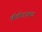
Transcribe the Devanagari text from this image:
तीतीराएवढा